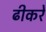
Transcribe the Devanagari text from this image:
ढीकरे